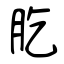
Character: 肐